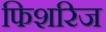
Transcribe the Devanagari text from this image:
फिशरिज